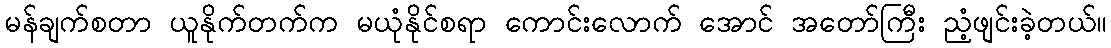
မန်ချက်စတာ ယူနိုက်တက်က မယုံနိုင်စရာ ကောင်းလောက် အောင် အတော်ကြီး ညံ့ဖျင်းခဲ့တယ်။